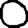
Digit: 0